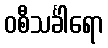
ဝစီသင်္ခါရော